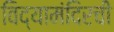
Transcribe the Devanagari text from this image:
विद्यामंदिरची